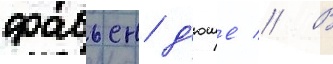
фабьен д'юше // В